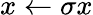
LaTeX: x\gets\sigma x